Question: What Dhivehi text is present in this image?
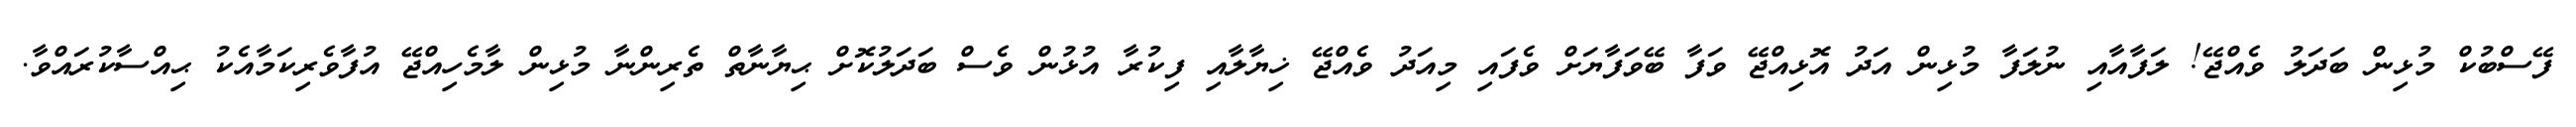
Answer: ފޭސްބުކް މުޅިން ބަދަލު ވެއްޖޭ! ލަފާއާއި ނުލަފާ މުޅިން އަދު އޮޅިއްޖޭ ވަފާ ބޭވަފާޔަށް ވެފައި މިއަދު ވެއްޖޭ ޚިޔާލާއި ފިކުރާ އުޅުން ވެސް ބަދަލުކޮށް ޙިޔާނާތް ތެރިންނާ މުޅިން ލާމެހިއްޖޭ އުފާވެރިކަމާއެކު ޙިއްސާކުރައްވާ.